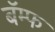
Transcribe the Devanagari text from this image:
बॅम्फ